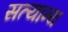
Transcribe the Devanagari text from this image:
सत्यान्य